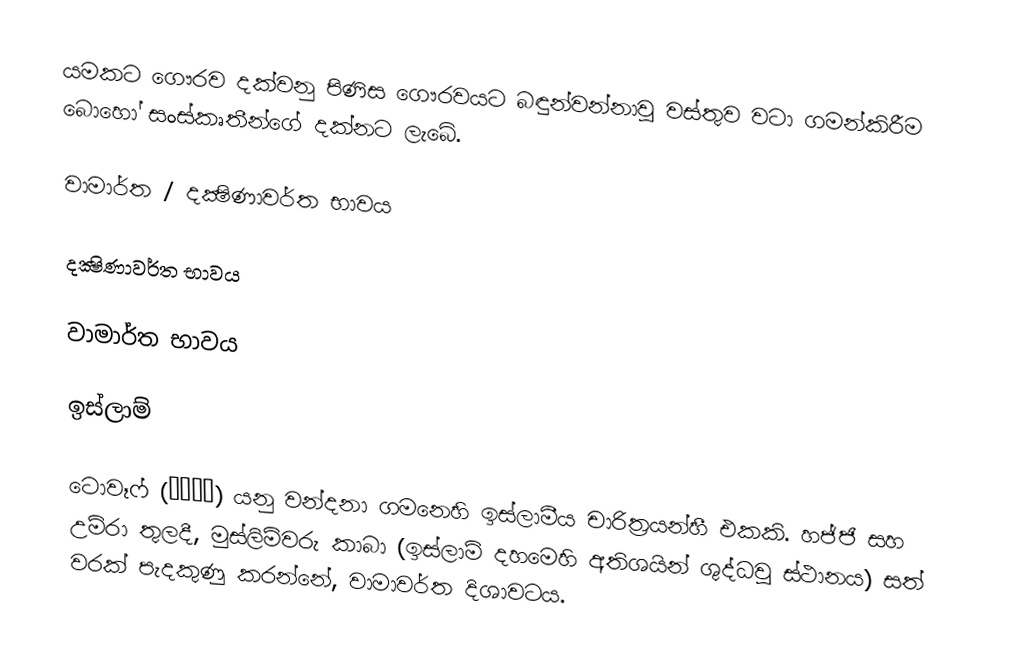
යමකට ගෞරව දක්වනු පිණිස ගෞරවයට බඳුන්වන්නාවූ වස්තුව වටා ගමන්කිරීම බොහෝ සංස්කෘතීන්ගේ දක්නට ලැබේ.

වාමාර්ත / දක්‍ෂිණාවර්ත භාවය

දක්‍ෂිණාවර්ත භාවය

වාමාර්ත භාවය

ඉස්ලාම්

ටොවෑෆ් (طواف) යනු වන්දනා ගමනෙහි ඉස්ලාමීය චාරිත්‍රයන්හී එකකි.  හජ්ජි සහ උම්රා තුලදී, මුස්ලිම්වරු කාබා (ඉස්ලාම් දහමෙහි අතිශයින් ශුද්ධවූ ස්ථානය) සත් වරක් පැදකුණු කරන්නේ, වාමාවර්ත දිශාවටය.